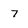
Character: 7